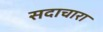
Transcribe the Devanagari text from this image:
सदाचारा